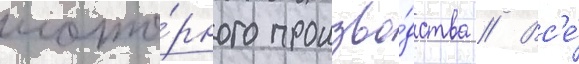
мото́рного произво́дства // Вс'е́